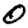
Digit: 0